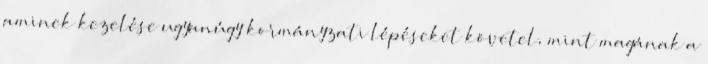
aminek kezelése ugyanúgy kormányzati lépéseket követel, mint magának a